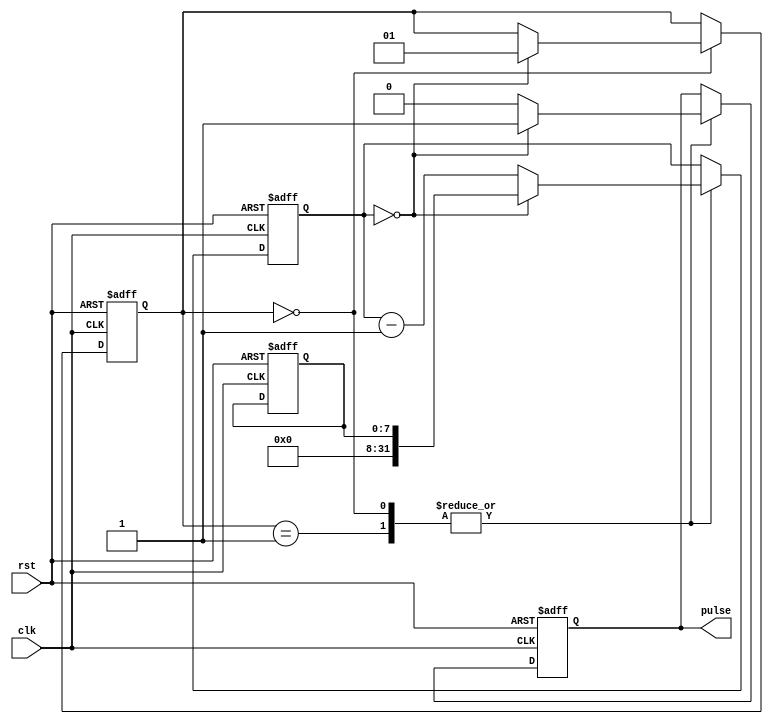
module pulse_generator (
  input wire clk,
  input wire rst,
  output reg pulse
);

reg [31:0] counter;
reg [7:0] divisor;
reg [1:0] state;

parameter DIV_MAX = 255;
parameter RESET_STATE = 2'b00;
parameter COUNT_STATE = 2'b01;

always @(posedge clk or posedge rst) begin
  if (rst) begin
    counter <= 32'h0;
    divisor <= 8'hFF;
    state <= RESET_STATE;
    pulse <= 1'b0;
  end else begin
    case(state)
      RESET_STATE: begin
        if (counter == 0) begin
          counter <= divisor;
          pulse <= 1'b1;
          state <= COUNT_STATE;
        end else begin
          counter <= counter - 1;
          pulse <= 1'b0;
        end
      end
      COUNT_STATE: begin
        if (counter == 0) begin
          counter <= divisor;
          pulse <= 1'b1;
        end else begin
          counter <= counter - 1;
          pulse <= 1'b0;
        end
      end
    endcase
  end
end

endmodule